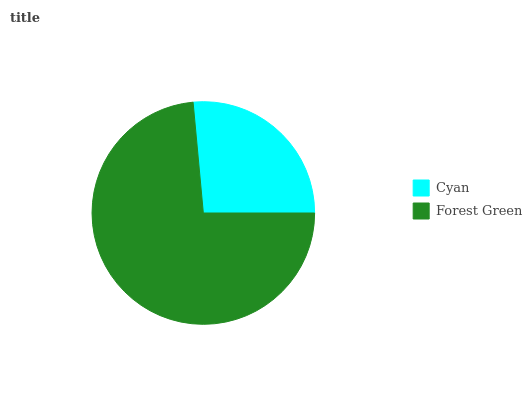
| Cyan | Forest Green |
 | --- | --- |
 | 26.4% | 73.6% |